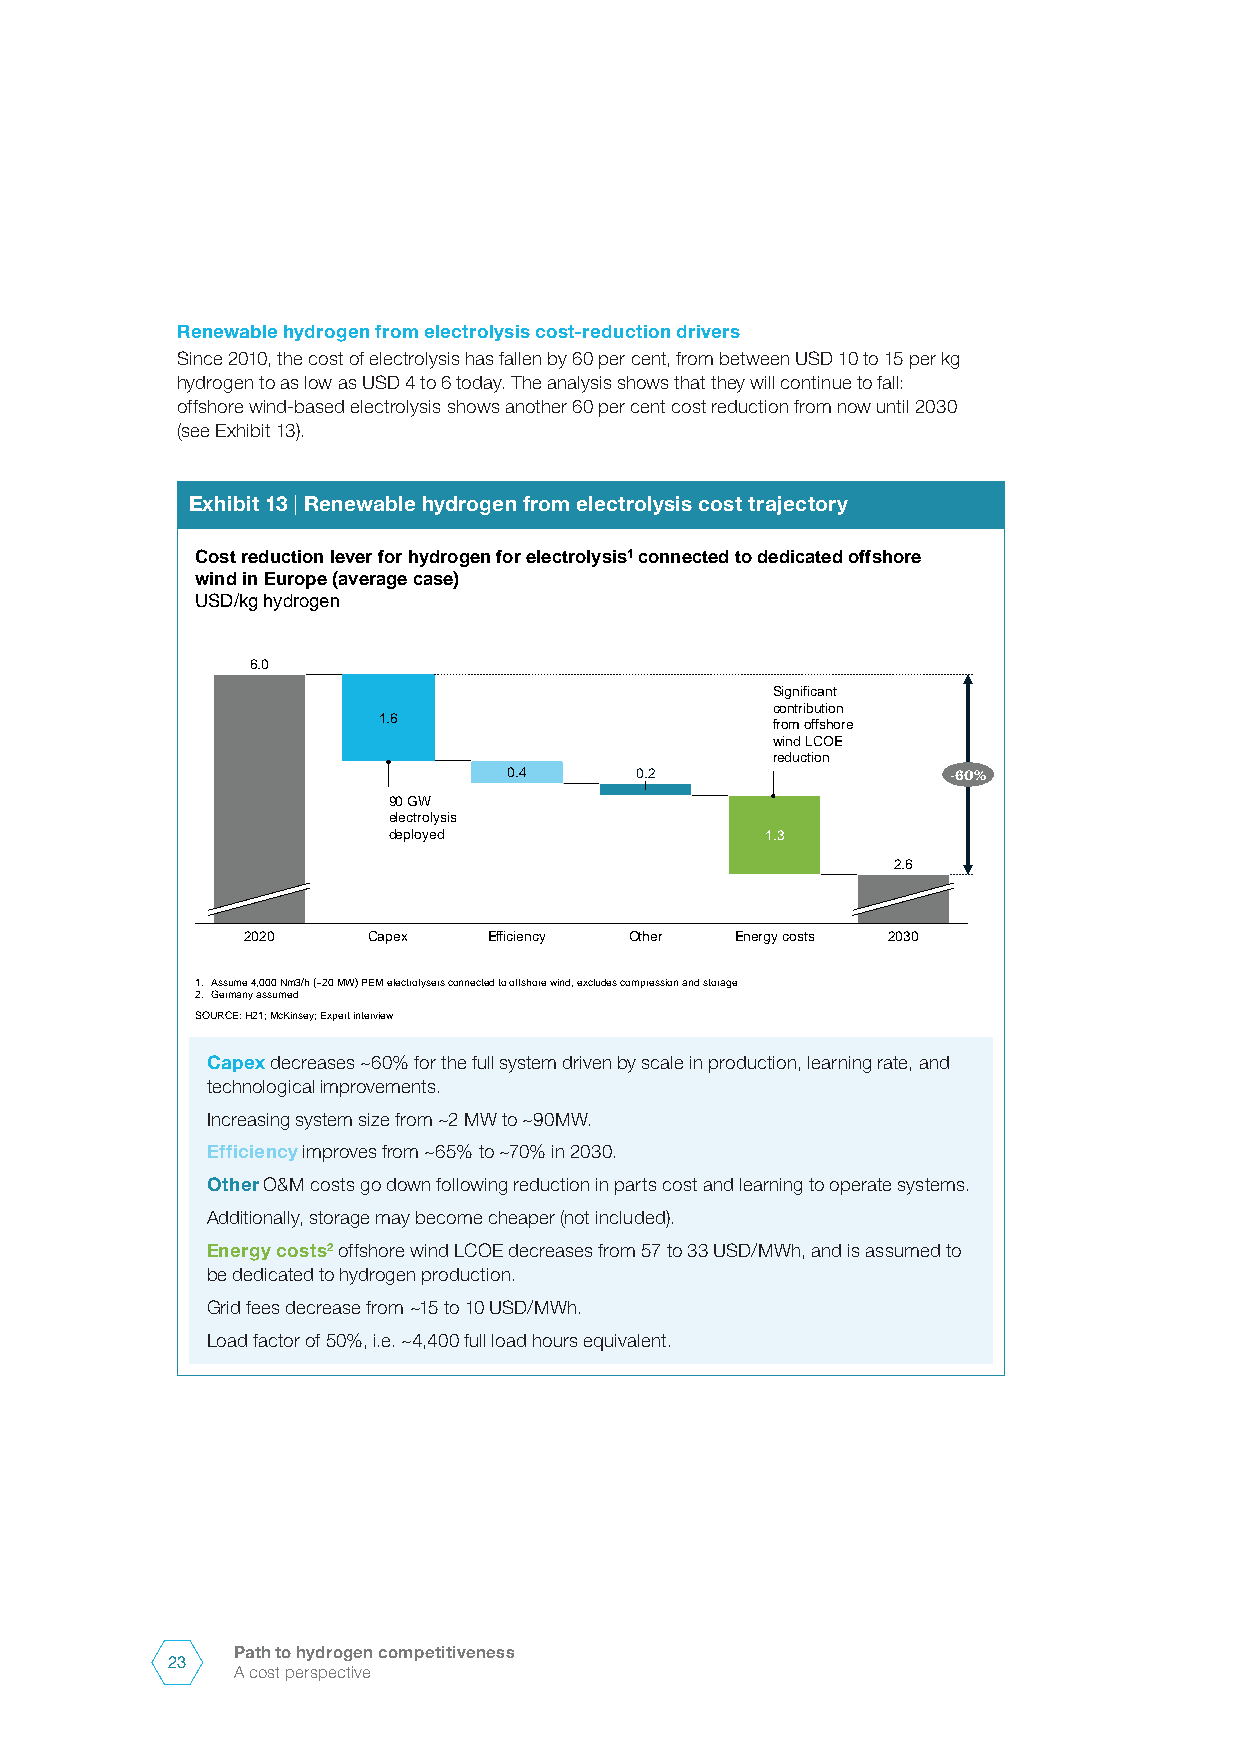
Renewable hydrogen from electrolysis cost-reduction drivers
 Since 2010, the cost of electrolysis has fallen by 60 per cent, from between USD 10 to 15 per kg
 hydrogen to as low as USD 4 to 6 today. The analysis shows that they will continue to fall:
 offshore wind-based electrolysis shows another 60 per cent cost reduction from now until 2030
 (see Exhibit 13).
 Exhibit 13 | Renewable hydrogen from electrolysis cost trajectory
 Cost reduction lever for hydrogen for electrolysis1 connected to dedicated offshore
 wind in Europe (average case)
 USD/kg hydrogen
 6.0
 Significant
 contribution
 1.6
 from offshore
 wind LCOE
 reduction
 0.4     0.2                  -60%
 90 GW
 electrolysis
 deployed                 1.3
 2.6
 2020    Capex   Efficiency Other Energy costs 2030
 1. Assume 4,000 Nm3/h (~20 MW) PEM electrolysers connected to offshore wind, excludes compression and storage
 2. Germany assumed
 SOURCE: H21; McKinsey; Expert interview
 Capex decreases ~60% for the full system driven by scale in production, learning rate, and
 technological improvements.
 Increasing system size from ~2 MW to ~90MW.
 Efficiency improves from ~65% to ~70% in 2030.
 Other O&M costs go down following reduction in parts cost and learning to operate systems.
 Additionally, storage may become cheaper (not included).
 Energy costs2 offshore wind LCOE decreases from 57 to 33 USD/MWh, and is assumed to
 be dedicated to hydrogen production.
 Grid fees decrease from ~15 to 10 USD/MWh.
 Load factor of 50%, i.e. ~4,400 full load hours equivalent.
 Path to hydrogen competitiveness
 23
 A cost perspective